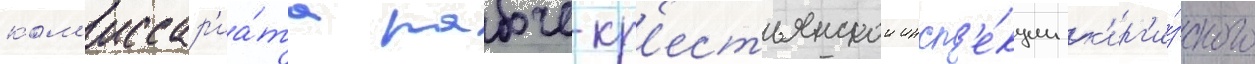
ком'иссар'иа́та рабоче-кр'естьянскои инсп'е́кции к'ирг'и́зского